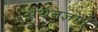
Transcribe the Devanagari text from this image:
अर्थतज्ञाने